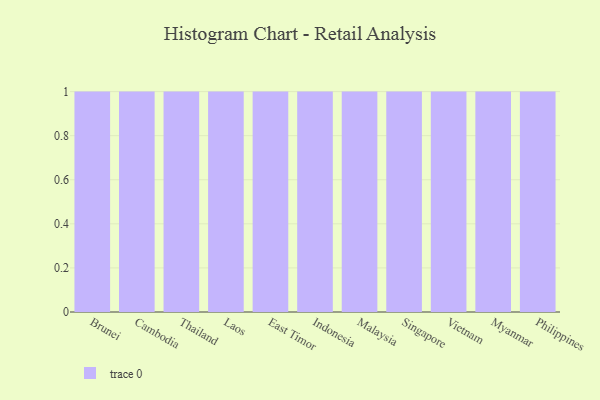
{"axis": {"x": "Country", "y": "Inventory Turnover"}, "legend": [""], "data": [{"x": "Brunei", "y": 65, "type": ""}, {"x": "Cambodia", "y": 57, "type": ""}, {"x": "Thailand", "y": 30, "type": ""}, {"x": "Laos", "y": 82, "type": ""}, {"x": "East Timor", "y": 67, "type": ""}, {"x": "Indonesia", "y": 94, "type": ""}, {"x": "Malaysia", "y": 45, "type": ""}, {"x": "Singapore", "y": 74, "type": ""}, {"x": "Vietnam", "y": 79, "type": ""}, {"x": "Myanmar", "y": 13, "type": ""}, {"x": "Philippines", "y": 61, "type": ""}]}